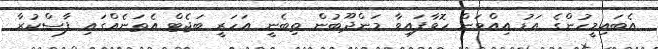
އެބައިމީހުންގެ އަޑު އިއްވަން ހޮވާފައިވާ މަންދޫބުން ތިބެނީ އަހަރީ ބަޖެޓް އެތަނެއްގައި ފާސްކުރާ